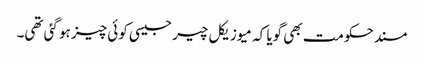
مسند حکومت بھی گویا کہ میوزیکل چیر جیسی کوئی چیز ہو گئی تھی۔